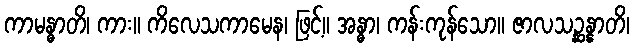
ကာမန္ဓာတိ၊ ကား။ ကိလေသကာမေန၊ ဖြင့်။ အန္ဓာ၊ ကန်းကုန်သော။ ဇာလသဉ္ဆန္နာတိ၊